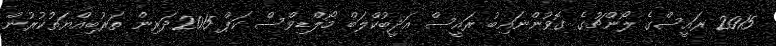
2015 ރައީސްގެ ލޯންޗުގެ ގޮވުންނައިބު ރައީސް އަދީބުކްލަބް މޯލްޑިވްސް ކަޕް 2015ދަރިން ތަރުބިއްޔަތުކުރުން